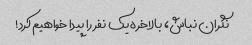
نگران نباش، بالاخره یک نفر را پیدا خواهیم کرد!